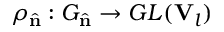
\rho _ { \hat { \mathbf { n } } } : G _ { \hat { \mathbf { n } } } \rightarrow G L ( \mathbf { V } _ { l } )